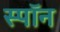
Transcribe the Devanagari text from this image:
स्पॉन